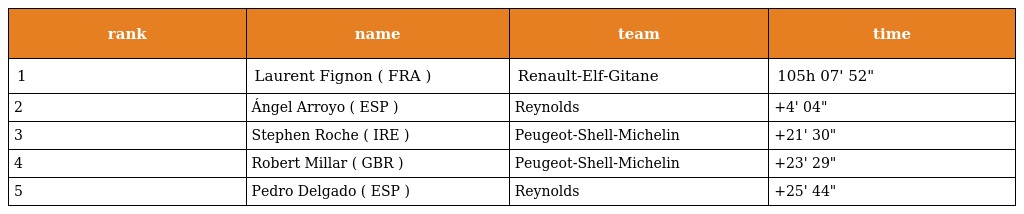
| rank | name | team | time |
 | --- | --- | --- | --- |
 | 1 | Laurent Fignon ( FRA ) | Renault-Elf-Gitane | 105h 07' 52" |
 | 2 | Ángel Arroyo ( ESP ) | Reynolds | +4' 04" |
 | 3 | Stephen Roche ( IRE ) | Peugeot-Shell-Michelin | +21' 30" |
 | 4 | Robert Millar ( GBR ) | Peugeot-Shell-Michelin | +23' 29" |
 | 5 | Pedro Delgado ( ESP ) | Reynolds | +25' 44" |